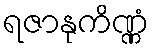
ရဇာနုကိဏ္ဏံ